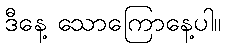
ဒီနေ့ သောကြောနေ့ပါ။